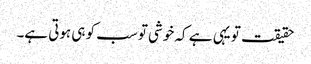
حقیقت تو یہی ہے کہ خوشی تو سب کو ہی ہوتی ہے۔